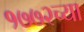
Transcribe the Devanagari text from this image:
१७७२च्या